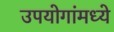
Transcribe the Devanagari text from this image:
उपयोगांमध्ये